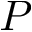
P